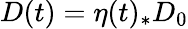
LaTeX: D(t)=\eta(t)_{*}D_{0}